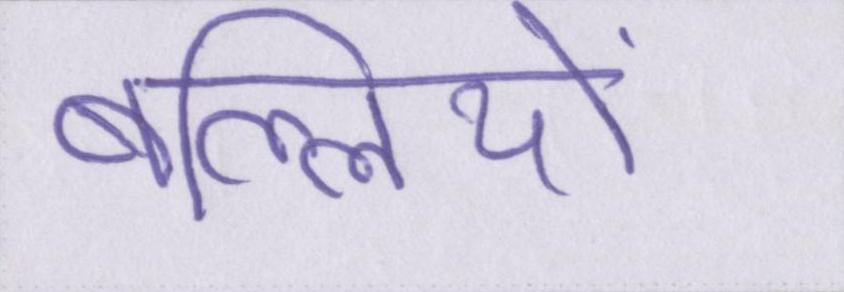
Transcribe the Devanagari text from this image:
बल्लियों